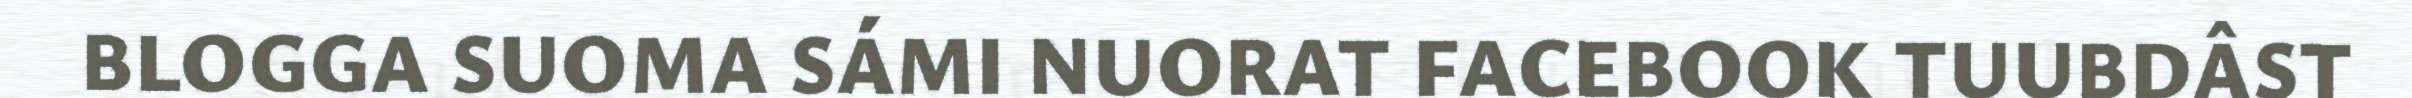
BLOGGA SUOMA SÁMI NUORAT FACEBOOK TUUBDÂST